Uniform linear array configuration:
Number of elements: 48
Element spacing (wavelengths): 0.25
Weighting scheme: binomial
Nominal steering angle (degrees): -30
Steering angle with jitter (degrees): -31.767
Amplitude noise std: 0.05
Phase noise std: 0.05

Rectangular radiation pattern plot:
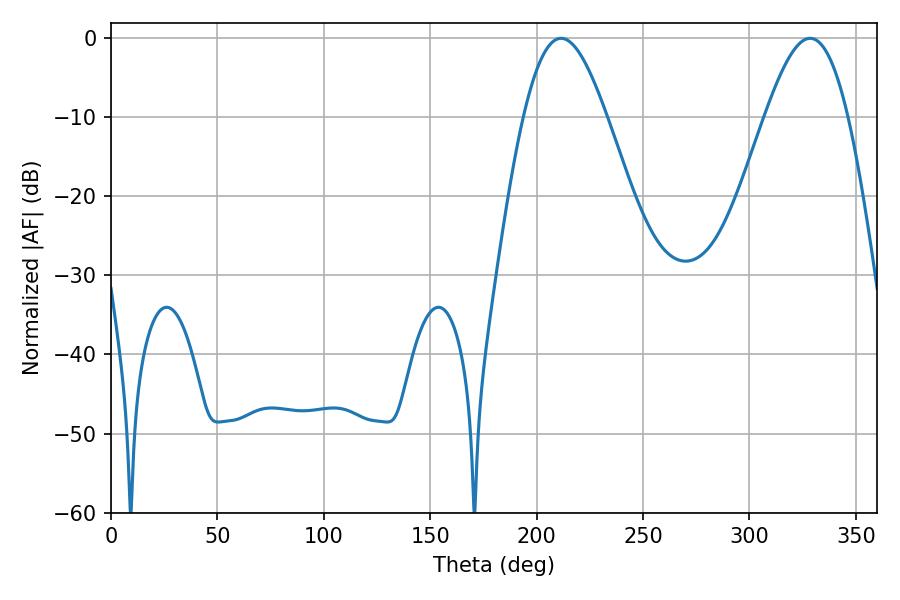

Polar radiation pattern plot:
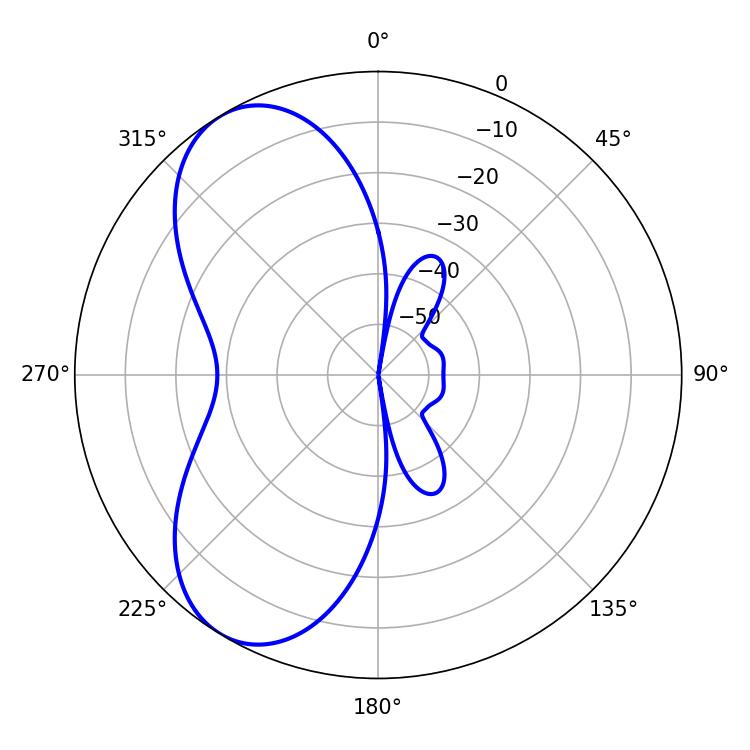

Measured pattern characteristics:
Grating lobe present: FALSE
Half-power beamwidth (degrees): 20.88
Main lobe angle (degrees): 211.5